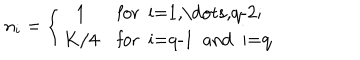
n _ { i } = \left\{ \begin{array} { c l } { { 1 } } & { { \mathrm { f o r ~ i = 1 , \dots , q - 2 ; ~ } } } \\ { { K / 4 } } & { { \mathrm { f o r ~ i = q - 1 ~ a n d ~ i = q ~ } } } \\ \end{array} \right.